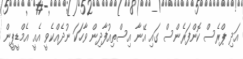
އަދި ޕްރެސް ކޮންފަރެންސް ގައި އޭނާ އިސްތިއުފާދިން ވާހަކަ ނުދެއްކެވީ އެއީ އެމްޑީޕީން